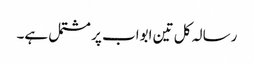
رسالہ کل تین ابواب پر مشتمل ہے۔